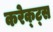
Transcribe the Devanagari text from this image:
करेक्ट्स